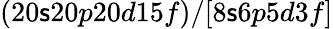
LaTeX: (20\mathsf{s}20p20d15f)/[8\mathsf{s}6p5d3f]